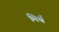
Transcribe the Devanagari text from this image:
मिर्थ